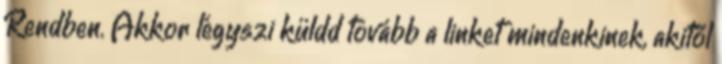
Rendben. Akkor légyszi küldd tovább a linket mindenkinek, akitől